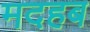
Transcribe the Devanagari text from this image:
मदहब